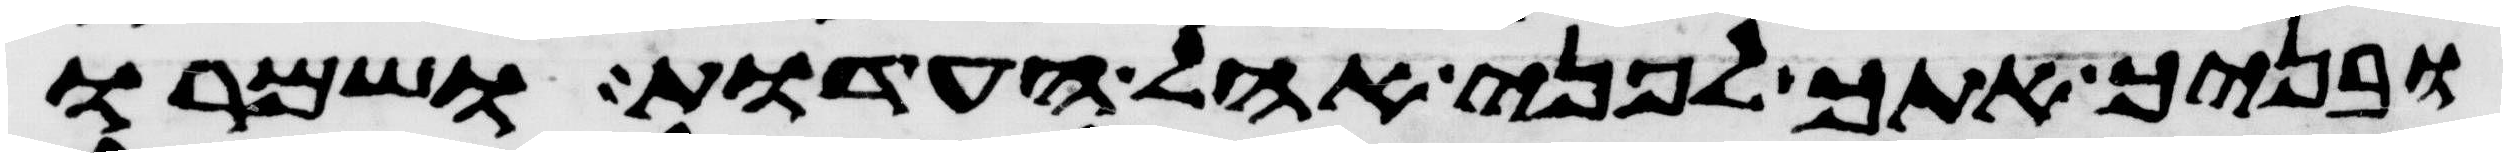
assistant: ובניך אתך לפני אהל העדות ושמרו